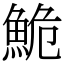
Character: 鮠